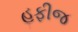
હફીજ